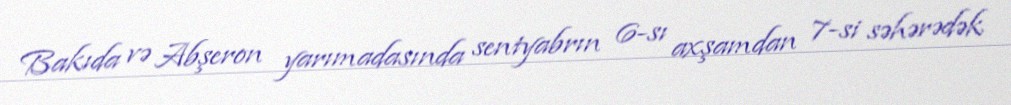
Bakıda və Abşeron yarımadasında sentyabrın 6-sı axşamdan 7-si səhərədək